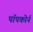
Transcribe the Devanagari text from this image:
पॉपकोर्न